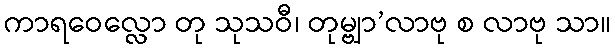
ကာရဝေလ္လော တု သုသဝီ၊ တုမ္ဗျာ’လာဗု စ လာဗု သာ။